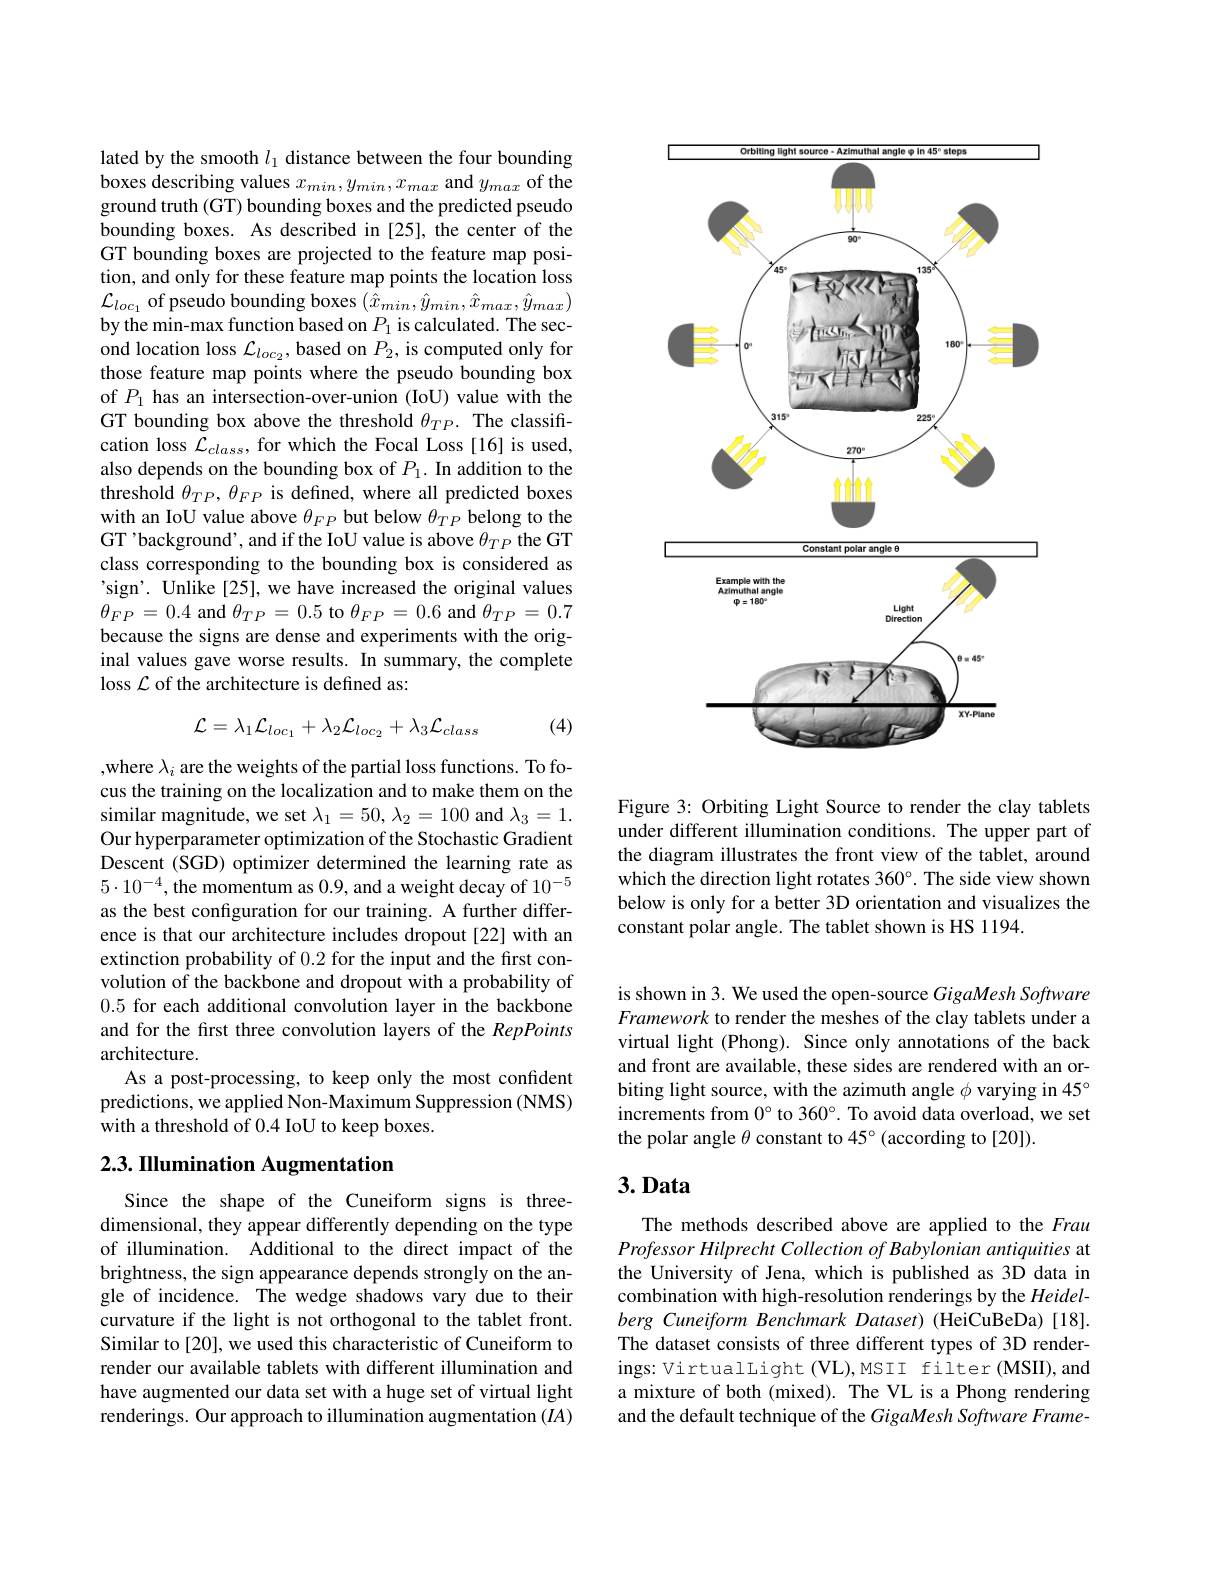
lated by the smooth $l_1$ distance between the four bounding boxes describing values $x_min,y_{min},x_{max}$ and $y_max$ of the ground truth (GT) bounding boxes and the predicted pseudo bounding boxes. As described in [25], the center of the GT bounding boxes are projected to the feature map position, and only for these feature map points the location loss $\mathcal{L}_{loc_1}$ of pseudo bounding boxes $(\hat{x}_min,\hat{y}_{min},\hat{x}_{max},\hat{y}_{max})$ by the min-max function based on $P_1$ is calculated. The second location loss $\mathcal{L}_loc_2$,based on $P_2$, is computed only for those feature map points where the pseudo bounding box of $P_1$ has an intersection-over-union (IoU) value with the GT bounding box above the threshold $\theta_{TP}.$ The classification loss $\mathcal{L}_class$, for which the Focal Loss [16] is used, also depends on the bounding box of $P_1.$ In addition to the threshold $\theta_TP,\theta_{FP}$ is defined, where all predicted boxes with an IoU value above $\theta_FP$ but below $\theta_{TP}$ belong to the GT'background', and if the IoU value is above $\theta_{TP}$ the GT class corresponding to the bounding box is considered as 'sign'. Unlike[25], we have increased the original values $\theta _{FP}$ = 0.4 and $\theta _{TP}$ = 0.5 to $\theta _{FP}$ = 0.6 and $\theta _{TP}$ = 0.7 because the signs are dense and experiments with the original values gave worse results. In summary, the complete loss $\mathcal{L}$ of the architecture is defined as:
$$\mathcal{L}=\lambda_{1}\mathcal{L}_{loc_{1}}+\lambda_{2}\mathcal{L}_{loc_{2}}+\lambda_{3}\mathcal{L}_{class}$$
(4)

,where $\lambda_i$ are the weights of the partial loss functions. To focus the training on the localization and to make them on the similar magnitude, we set $\lambda_1=50,\lambda_2=100$ and $\lambda_3=1.$ Our hyperparameter optimization of the Stochastic Gradient Descent (SGD) optimizer determined the learning rate as $5\cdot10^{-4}$,the momentum as 0.9,and a weight decay of $10^{-5}$ as the best configuration for our training. A further difference is that our architecture includes dropout[22] with an extinction probability of 0.2 for the input and the first convolution of the backbone and dropout with a probability of 0.5 for each additional convolution layer in the backbone and for the first three convolution layers of the RepPoints architecture.
As a post-processing, to keep only the most confident predictions, we applied Non-Maximum Suppression (NMS) with a threshold of 0.4 IoU to keep boxes.

## 2.3. IIlumination Augmentation

Since the shape of the Cuneiform signs is threedimensional, they appear differently depending on the type of illumination. Additional to the direct impact of the brightness, the sign appearance depends strongly on the angle of incidence. The wedge shadows vary due to their curvature if the light is not orthogonal to the tablet front. Similar to [20], we used this characteristic of Cuneiform to render our available tablets with different illumination and have augmented our data set with a huge set of virtual light renderings. Our approach to illumination augmentation $(IA)$

Orbiting Elqht source-Azimuthal anqle o in 45° steps
<FigureHere>

Figure 3: Orbiting Light Source to render the clay tablets under different illumination conditions. The upper part of the diagram illustrates the front view of the tablet, around which the direction light rotates 360°. The side view shown below is only for a better 3D orientation and visualizes the constant polar angle. The tablet shown is HS 1194.

is shown in 3. We used the open-source GigaMesh Software Framework to render the meshes of the clay tablets under a virtual light (Phong). Since only annotations of the back and front are available, these sides are rendered with an orbiting light source, with the azimuth angle $\phi$ varying in 45° increments from $0^{\circ}$ to 360°. To avoid data overload, we set the polar angle $\theta$ constant to 45°(according to[20]).

# $3.Data$

The methods described above are applied to the Frau Professor Hilprecht Collection of Babylonian antiquities at the University of Jena, which is published as 3D data in combination with high-resolution renderings by the Heidelberg Cuneiform Benchmark Dataset) (HeiCuBeDa) [18]. The dataset consists of three different types of 3D renderings: VirtualLight (VL),MSII filter (MSII), and a mixture of both (mixed). The VL is a Phong rendering and the default technique of the GigaMesh Software Frame-